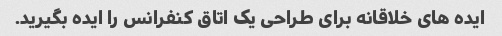
ایده های خلاقانه برای طراحی یک اتاق کنفرانس را ایده بگیرید.